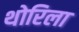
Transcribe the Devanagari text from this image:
थोरिला